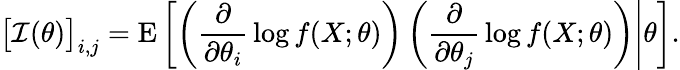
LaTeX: {\bigl[}{\mathcal{I}}(\theta){\bigr]}_{i,j}=\operatorname{E}\left[\left.\left({\frac{\partial}{\partial\theta_{i}}}\log f(X;\theta)\right)\left({\frac{\partial}{\partial\theta_{j}}}\log f(X;\theta)\right)\right|\theta\right].